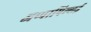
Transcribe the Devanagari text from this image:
अप्पापिल्लई